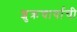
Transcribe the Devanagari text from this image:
शुक्रचार्याची